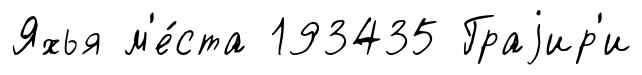
Яхья м'е́ста 193435 Граjир'и